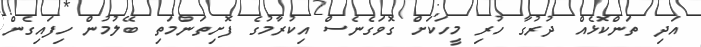
އަދި ތަންކޮޅެއް ދުރުގާ ހުރި މީހަކަށް ގޮވަގެނެސް އިކުރާމުގެ ފޮށިތަންމަތި ބޭލުމުން ހިފައިގެން